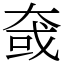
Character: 㚜